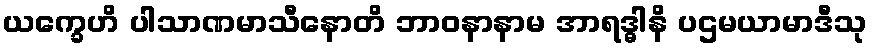
ယက္ခေဟိ ပါသာဏမာသီနောတိ ဘာဝနာနာမ အာရဒ္ဓါနိ ပဌမယာမာဒီသု